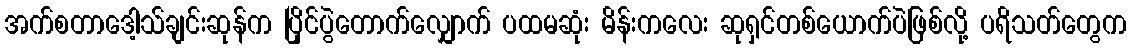
အက်စတာဒေါ့သ်ချင်းဆုန်က ပြိုင်ပွဲတောက်လျှောက် ပထမဆုံး မိန်းကလေး ဆုရှင်တစ်ယောက်ပဲဖြစ်လို့ ပရိသတ်တွေက